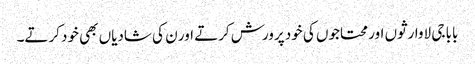
بابا جی لاوارثوں اور محتاجوں کی خود پرورش کرتے اور ن کی شادیاں بھی خود کرتے۔